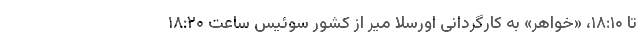
تا ۱۸:۱۰، «خواهر» به کارگردانی اورسلا میر از کشور سوئیس ساعت ۱۸:۲۰